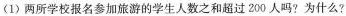
(1) 两所学校报名参加旅游的学生人数之和超过 200 人吗? 为什么?